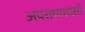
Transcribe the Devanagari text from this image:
अपराधाशास़ी